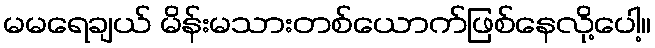
မမရေချယ် မိန်းမသားတစ်ယောက်ဖြစ်နေလို့ပေါ့။